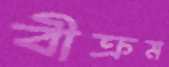
বীক্রম